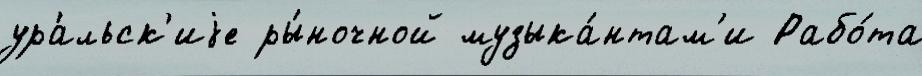
ура́льск'иjе ры́ночной музыка́нтам'и Рабо́та